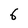
Character: 6